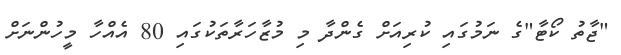
"ޖާތު ކޯޓާ"ގެ ނަމުގައި ކުރިއަށް ގެންދާ މި މުޒާހަރާތަކުގައި 80 އެއްހާ މީހުންނަށް